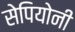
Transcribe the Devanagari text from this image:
सेपियोनी